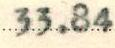
33.84